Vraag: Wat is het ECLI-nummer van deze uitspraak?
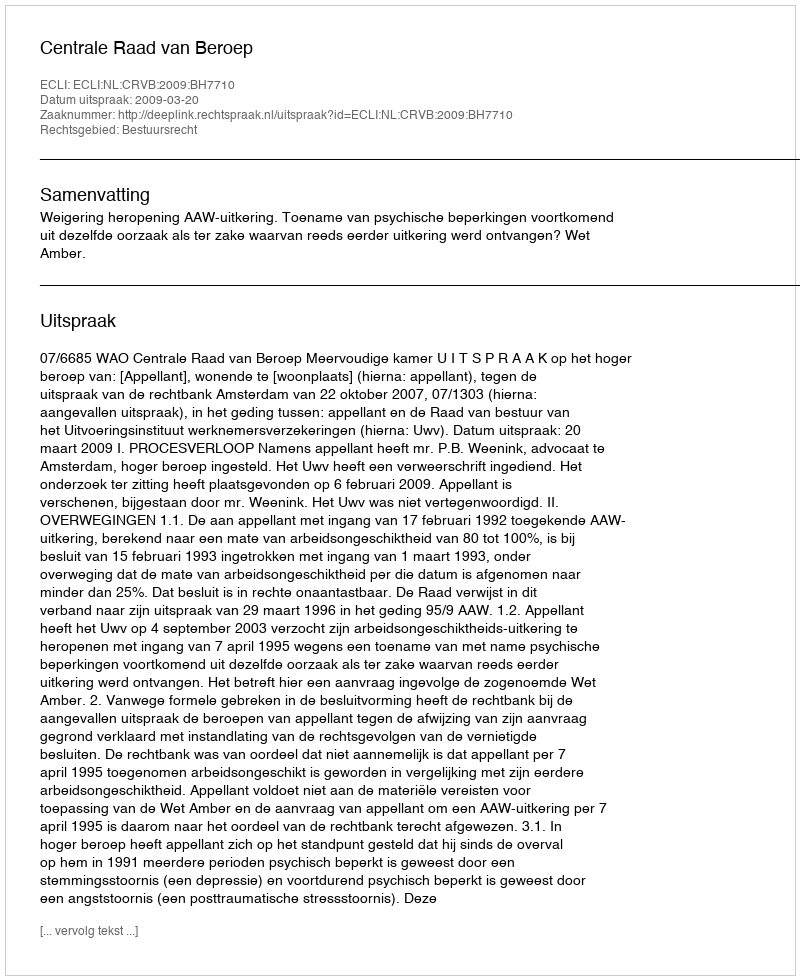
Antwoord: ECLI:NL:CRVB:2009:BH7710